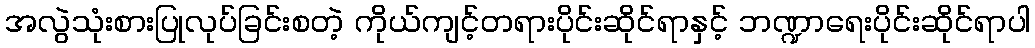
အလွဲသုံးစားပြုလုပ်ခြင်းစတဲ့ ကိုယ်ကျင့်တရားပိုင်းဆိုင်ရာနှင့် ဘဏ္ဍာရေးပိုင်းဆိုင်ရာပါ